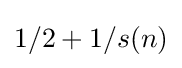
1/2+1/s(n)